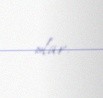
olar.